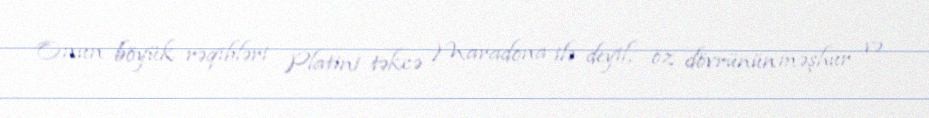
Onun böyük rəqibləri Platini təkcə Maradona ilə deyil, öz dövrünün məşhur və